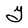
Character: Y